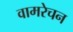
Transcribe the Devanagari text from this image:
वामरेचन